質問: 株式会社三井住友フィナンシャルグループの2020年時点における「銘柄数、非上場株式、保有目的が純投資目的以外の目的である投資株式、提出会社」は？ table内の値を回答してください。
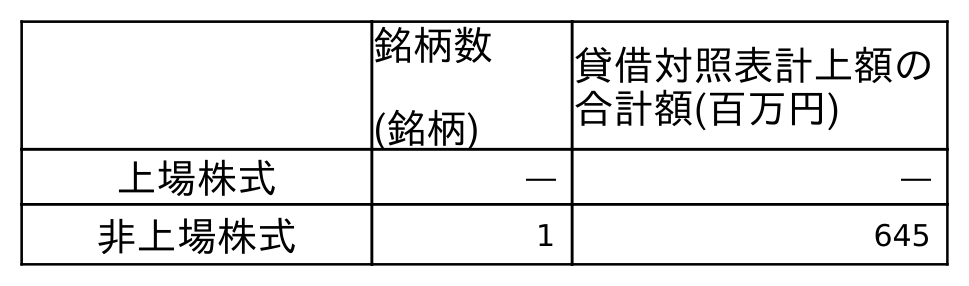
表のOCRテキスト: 銘柄数 (銘柄) 貸借対照表計上額の 合計額(百万円) 上場株式 ― ― 非上場株式 1 645
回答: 1